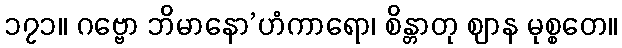
၁၇၁။ ဂဗ္ဗော ဘိမာနော’ဟံကာရော၊ စိန္တာတု ဈာန မုစ္စတေ။